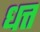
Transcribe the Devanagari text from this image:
धत्त